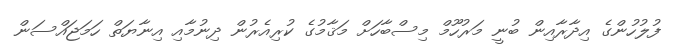
ފުލުހުންގެ އިދާރާއިން ބުނީ މަރުހޫމް މިސްބާހަށް މަޤާމުގެ ކުރިއެރުން ދިނުމާއި އިނާޔަތް ހަމަޖައްސަން